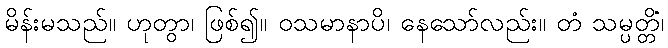
မိန်းမသည်။ ဟုတွာ၊ ဖြစ်၍။ ဝသမာနာပိ၊ နေသော်လည်း။ တံ သမ္ပတ္တိံ၊